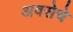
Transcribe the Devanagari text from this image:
अवसेचे